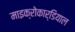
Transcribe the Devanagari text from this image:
माइक्रोकार्डियाल